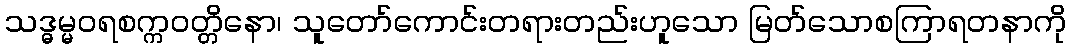
သဒ္ဓမ္မဝရစက္ကဝတ္တိနော၊ သူတော်ကောင်းတရားတည်းဟူသော မြတ်သောစကြာရတနာကို